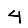
Digit: 4